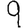
Digit: 9